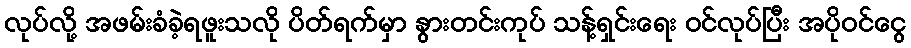
လုပ်လို့ အဖမ်းခံခဲ့ရဖူးသလို ပိတ်ရက်မှာ နွားတင်းကုပ် သန့်ရှင်းရေး ဝင်လုပ်ပြီး အပိုဝင်ငွေ